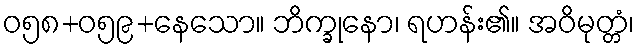
ဝ၅၈+၀၅၉+နေသော။ ဘိက္ခုနော၊ ရဟန်း၏။ အဝိမုတ္တံ၊